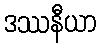
ဒဿနီယာ